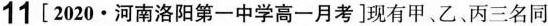
11[2020·河南洛阳第一中学高一月考]现有甲、乙、丙三名同